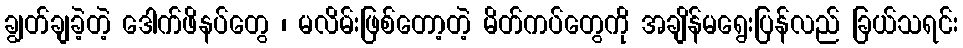
ချွတ်ချခဲ့တဲ့ ဒေါက်ဖိနပ်တွေ ၊ မလိမ်းဖြစ်တော့တဲ့ မိတ်ကပ်တွေကို အချိန်မရွေးပြန်လည် ခြယ်သရင်း